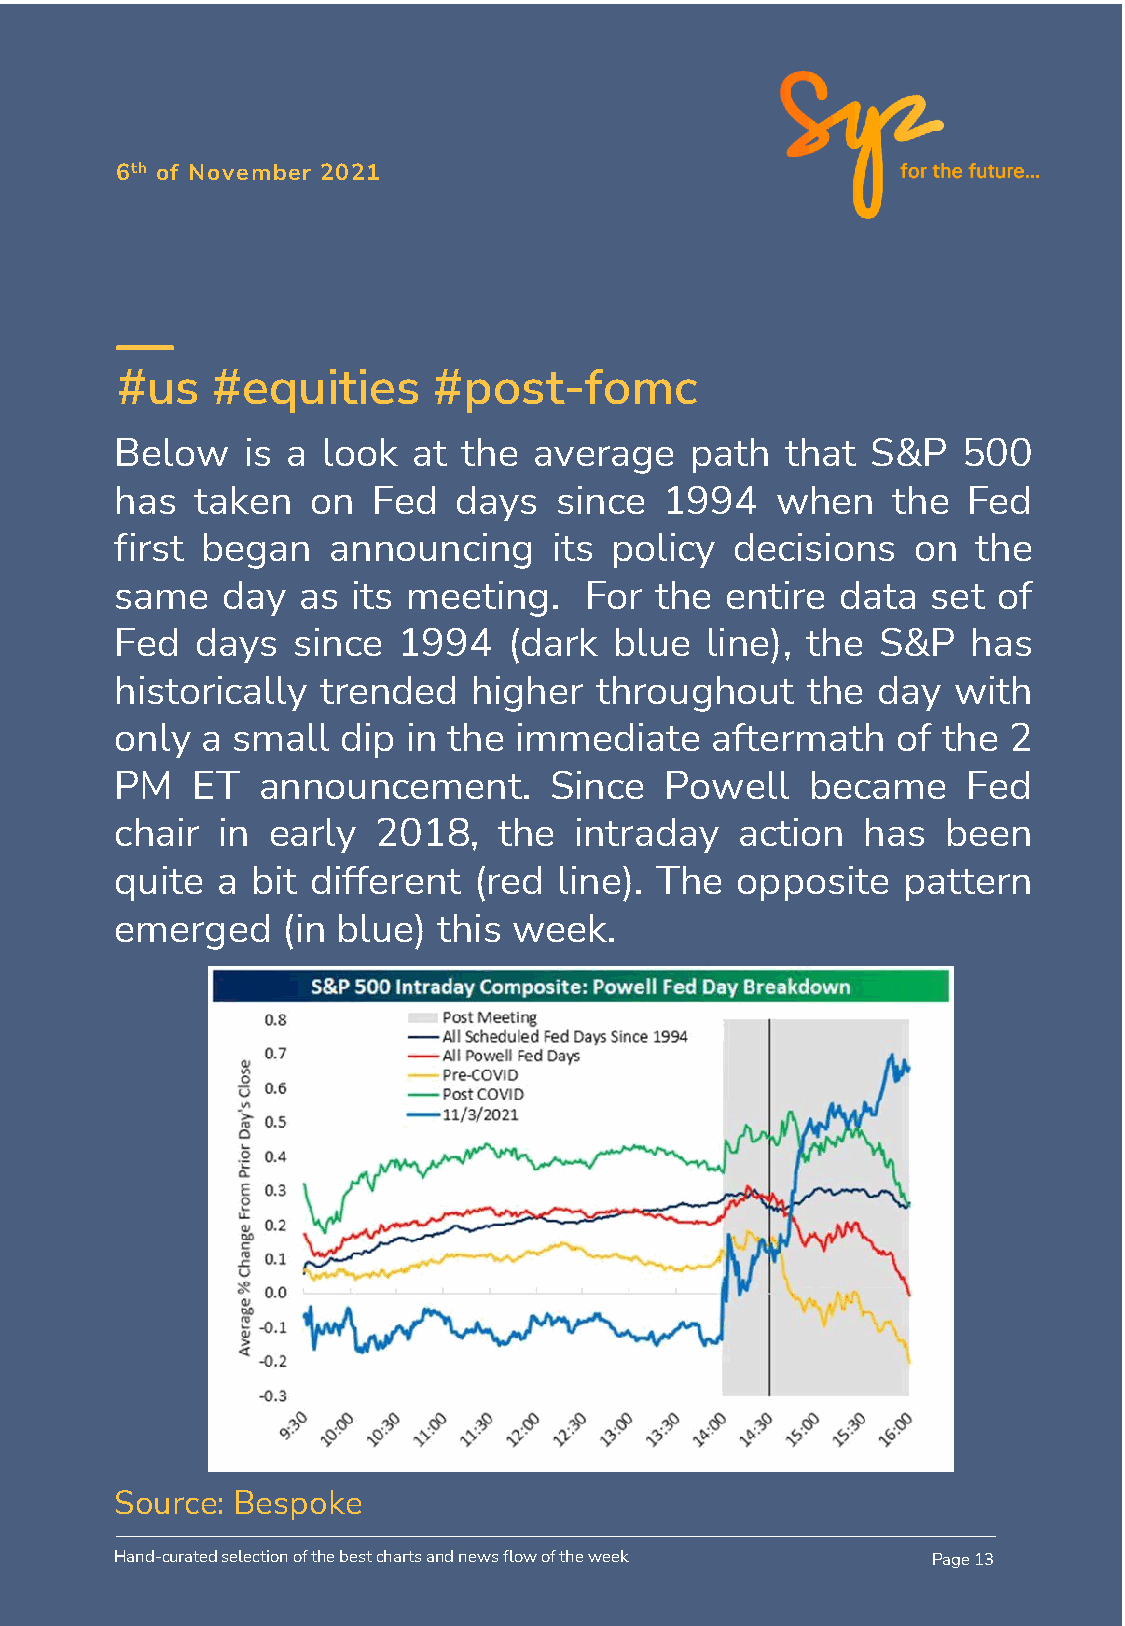
6th of November 2021
 #us   #equities      #post-fomc
 Below   is a look  at  the average    path  that  S&P   500
 has  taken   on  Fed  days   since  1994   when    the  Fed
 first began   announcing     its policy  decisions  on   the
 same   day  as its meeting.    For the  entire  data  set of
 Fed  days  since  1994    (dark  blue  line), the S&P   has
 historically trended   higher  throughout    the  day  with
 only a small   dip in the immediate    aftermath   of the  2
 PM   ET  announcement.      Since   Powell    became    Fed
 chair in  early  2018,   the  intraday   action  has   been
 quite a  bit different (red  line). The  opposite   pattern
 emerged    (in blue) this week.
 Source: Bespoke
 Hand-curated selection of the best charts and news flow of the week Page 13